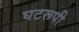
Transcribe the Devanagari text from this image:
घटरूपी